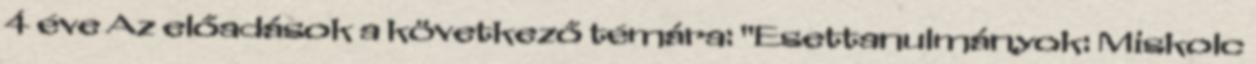
4 éve Az előadások a következő témára: "Esettanulmányok: Miskolc